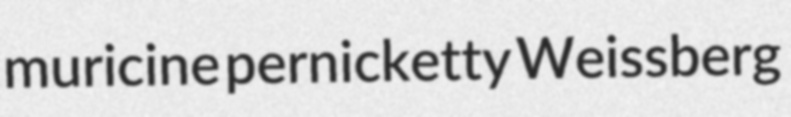
muricine pernicketty Weissberg